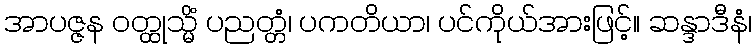
အာပဇ္ဇန ဝတ္ထုသ္မိံ ပညတ္တံ၊ ပကတိယာ၊ ပင်ကိုယ်အားဖြင့်။ ဆန္ဒာဒီနံ၊